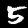
Label: 5